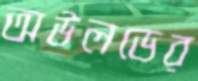
অউলডের